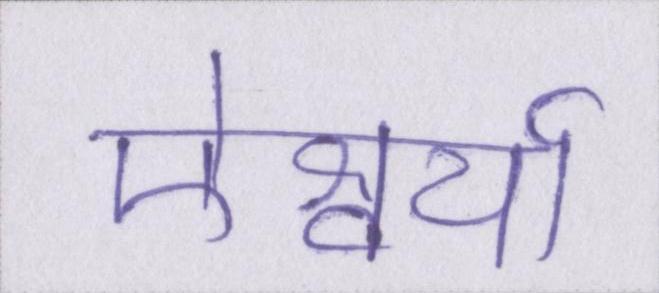
ऐश्वर्या